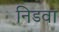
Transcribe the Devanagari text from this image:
निडवा